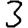
Digit: 3